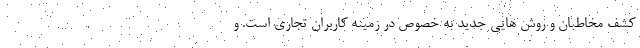
کشف مخاطبان و روش هایی جدید به خصوص در زمینه کاربران تجاری است. و